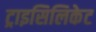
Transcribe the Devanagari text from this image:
ट्राइसिलिकेट